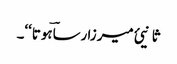
ثانیئ میرزا رساؔہوتا‘‘۔